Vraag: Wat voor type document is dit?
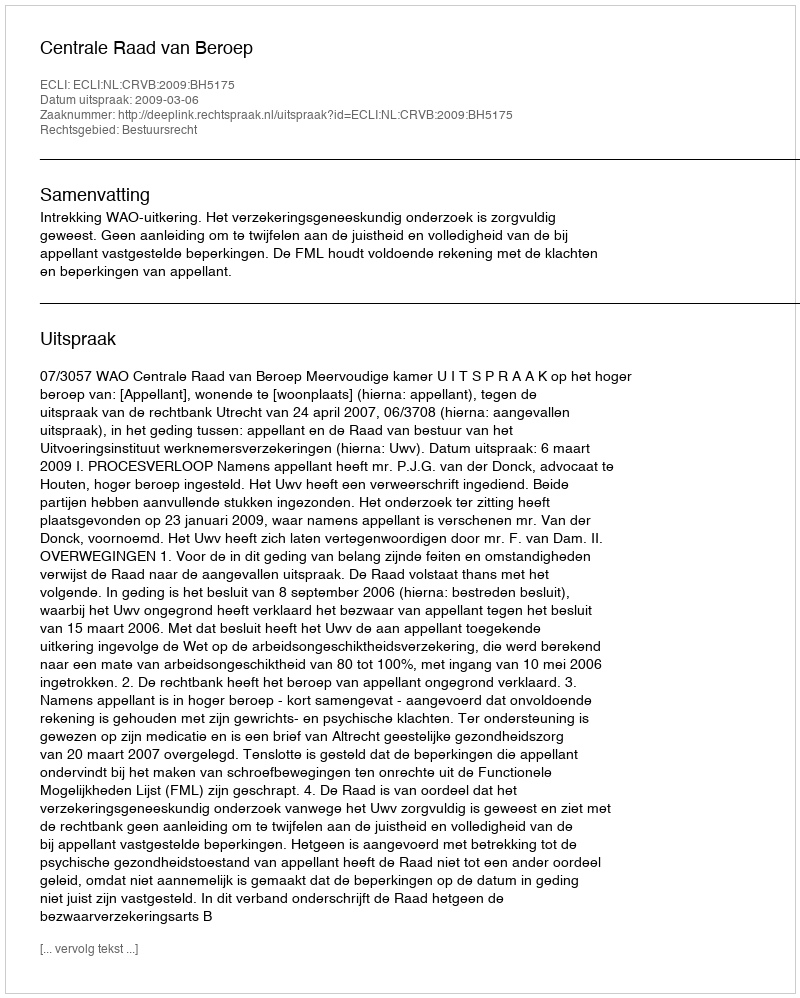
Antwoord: Uitspraak